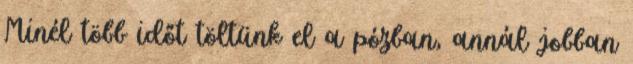
Minél több időt töltünk el a pózban, annál jobban